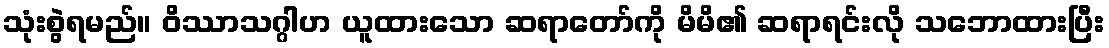
သုံးစွဲရမည်။ ဝိဿာသဂ္ဂါဟ ယူထားသော ဆရာတော်ကို မိမိ၏ ဆရာရင်းလို သဘောထားပြီး